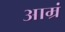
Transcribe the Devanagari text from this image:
आम्रं